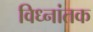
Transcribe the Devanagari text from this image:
विध्नांतक